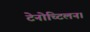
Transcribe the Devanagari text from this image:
टेनोच्टिलन।